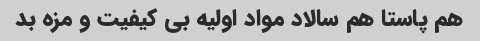
هم پاستا هم سالاد مواد اولیه بى کیفیت و مزه بد